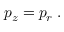
p _ { z } = p _ { r } \; .